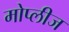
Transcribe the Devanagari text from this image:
मोप्लीज